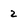
Character: 2